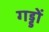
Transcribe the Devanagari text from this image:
गड्डों